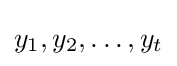
y_{1},y_{2},\ldots ,y_{t}